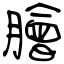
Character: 膾